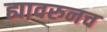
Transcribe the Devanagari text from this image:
ह्यावरुनच